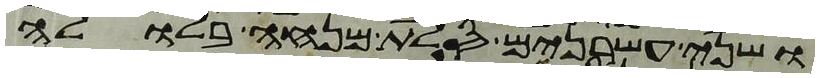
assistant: ושני עשרנים סלת מנחה בלולה